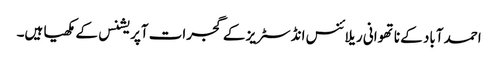
احمد آباد کے ناتھوانی ریلائنس انڈسٹریز کے گجرات آپریشنس کے مکھیا ہیں۔